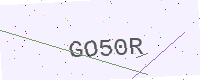
Text: GO50R